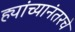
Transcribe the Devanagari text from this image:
ह्यांच्यानंतरचे